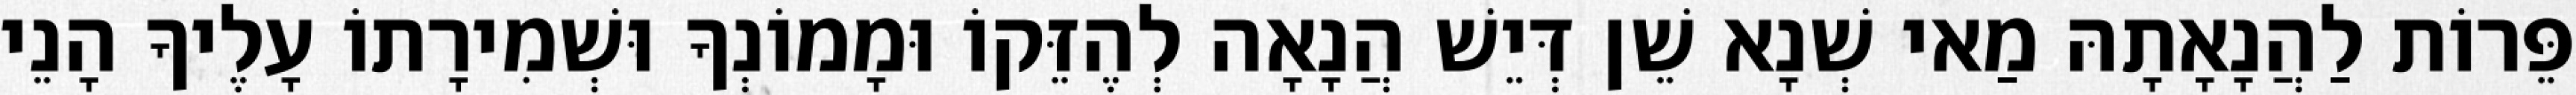
פֵּרוֹת לַהֲנָאָתָהּ מַאי שְׁנָא שֵׁן דְּיֵשׁ הֲנָאָה לְהֶזֵּקוֹ וּמָמוֹנְךָ וּשְׁמִירָתוֹ עָלֶיךָ הָנֵי